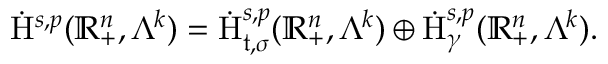
\begin{array} { r } { \dot { \mathrm { H } } ^ { s , p } ( \mathbb { R } _ { + } ^ { n } , \Lambda ^ { k } ) = \dot { \mathrm { H } } _ { { \mathfrak { t } } , \sigma } ^ { s , p } ( \mathbb { R } _ { + } ^ { n } , \Lambda ^ { k } ) \oplus \dot { \mathrm { H } } _ { \gamma } ^ { s , p } ( \mathbb { R } _ { + } ^ { n } , \Lambda ^ { k } ) \mathrm { . ~ } } \end{array}